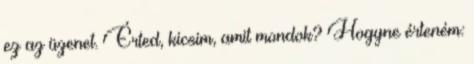
ez az üzenet. Érted, kicsim, amit mondok? Hogyne érteném: